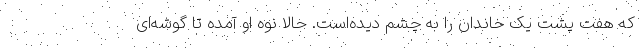
که هفت پشت یک خاندان را به چشم دیده‌است. حالا نوه او آمده تا گوشه‌ای